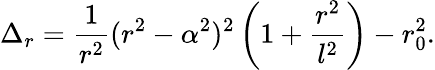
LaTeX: \Delta_{r}={\frac{1}{r^{2}}}(r^{2}-\alpha^{2})^{2}\left(1+{\frac{r^{2}}{l^{2}}}\right)-r_{0}^{2}.